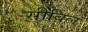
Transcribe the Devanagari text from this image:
सीबिल